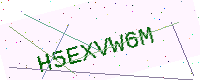
Text: H5EXVW6M